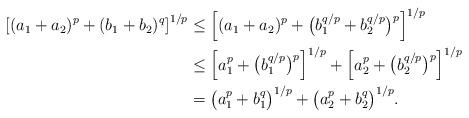
LaTeX: \begin{align*} \left[(a_1+a_2)^p + (b_1+b_2)^q\right]^{1/p} & \leq \left[(a_1+a_2)^p + \bigl(b_1^{q/p}+b_2^{q/p}\bigr)^p \right]^{1/p} \\ & \leq \left[a_1^p+\bigl(b_1^{q/p}\bigr)^p\right]^{1/p} + \left[a_2^p+\bigl(b_2^{q/p}\bigr)^p\right]^{1/p} \\ &= \bigl(a_1^p+b_1^q\bigr)^{1/p} + \bigl(a_2^p+b_2^q\bigr)^{1/p}.\end{align*}